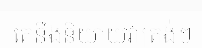
គេនឹងនិយាយវាត្រង់ៗ